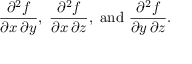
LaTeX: { \frac { \partial ^ { 2 } f } { \partial x \, \partial y } } , \; { \frac { \partial ^ { 2 } f } { \partial x \, \partial z } } , { \mathrm { ~ a n d ~ } } { \frac { \partial ^ { 2 } f } { \partial y \, \partial z } } .